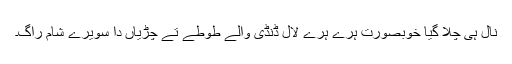
نال ہی چلا گیا خوبصورت ہرے ہرے لال ڈنڈی والے طوطے تے چڑیاں دا سویرے شام راگ۔